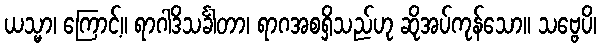
ယသ္မာ၊ ကြောင့်။ ရာဂါဒိသင်္ခါတာ၊ ရာဂအစရှိသည်ဟု ဆိုအပ်ကုန်သော။ သဗ္ဗေပိ၊